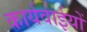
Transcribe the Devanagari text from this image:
कार्यवाईयों